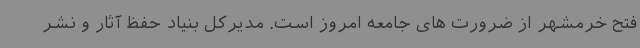
فتح خرمشهر از ضرورت های جامعه امروز است. مدیرکل بنیاد حفظ آثار و نشر